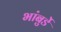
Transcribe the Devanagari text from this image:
भांबुर्डे